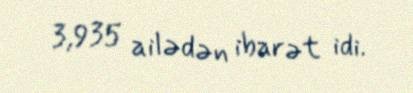
3,935 ailədən ibarət idi.